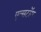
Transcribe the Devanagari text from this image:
एल्सटॉम